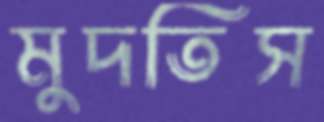
মুদতিস